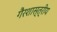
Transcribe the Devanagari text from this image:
गैरशास्त्रीय